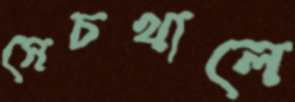
সেচখালে